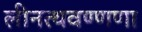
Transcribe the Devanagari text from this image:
लीनत्थवण्णणा